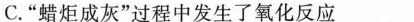
C.”蜡炬成灰”过程中发生了氧化反应